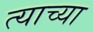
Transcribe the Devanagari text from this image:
त्‍याच्या